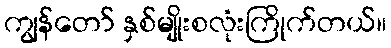
ကျွန်တော် နှစ်မျိုးစလုံးကြိုက်တယ်။